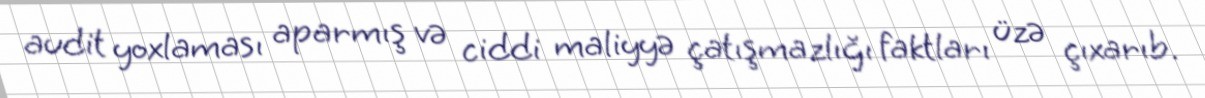
audit yoxlaması aparmış və ciddi maliyyə çatışmazlığı faktları üzə çıxarıb.